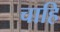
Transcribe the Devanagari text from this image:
चाहि